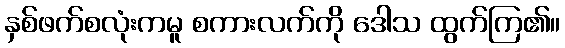
နှစ်ဖက်စလုံးကမူ စကားလက်ကို ဒေါသ ထွက်ကြ၏။